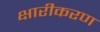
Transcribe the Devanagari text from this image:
क्षारीकरण